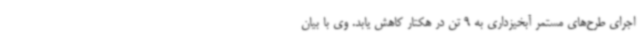
اجرای طرح‌های مستمر آبخیزداری به 9 تن در هکتار کاهش یابد. وی با بیان